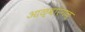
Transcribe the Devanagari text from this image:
आळ्वारगळ्